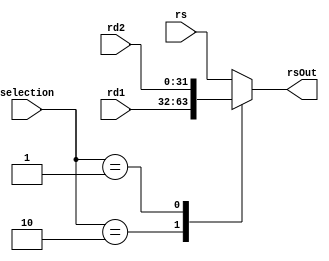
`timescale 1ns / 1ps
//////////////////////////////////////////////////////////////////////////////////
// Company: 
// Engineer: 
// 
// Design Name: 
// Module Name: mux3to1
// Project Name: 
// Target Devices: 
// Tool Versions: 
// Description: 
// 
// Dependencies: 
// 
// Revision:
// Revision 0.01 - File Created
// Additional Comments:
// 
//////////////////////////////////////////////////////////////////////////////////

module mux3to1(input[31:0]rs,input[31:0]rd1,input[31:0]rd2,input[1:0]selection, output reg [31:0]rsOut);

always@(*)
begin
case(selection)
    2'b00:  rsOut=rs;
    2'b10:  rsOut=rd1;
    2'b01:  rsOut=rd2;
    default:rsOut=rs;
endcase
end
endmodule